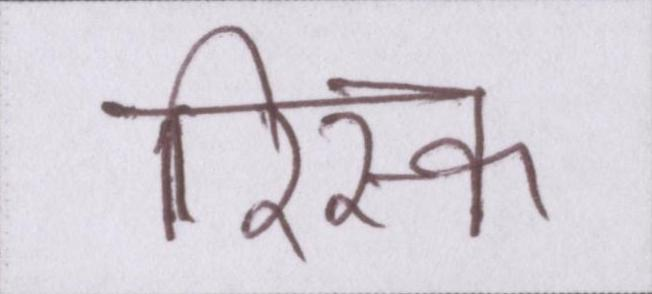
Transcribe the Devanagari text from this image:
रिस्क